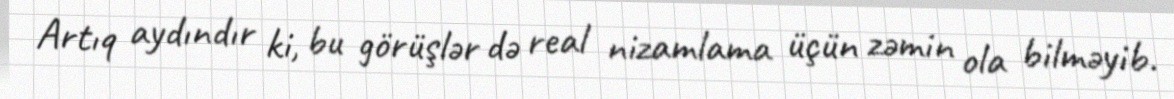
Artıq aydındır ki, bu görüşlər də real nizamlama üçün zəmin ola bilməyib.